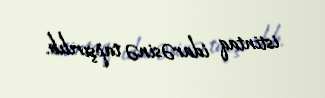
istintaq idarəsinə tapşırılıb.